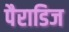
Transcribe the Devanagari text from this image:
पैराडिज